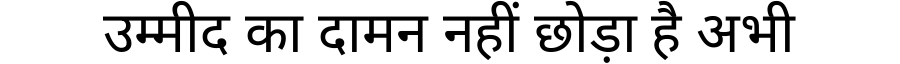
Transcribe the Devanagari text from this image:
उम्मीद का दामन नहीं छोड़ा है अभी